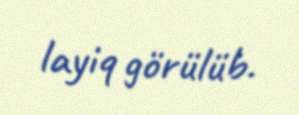
layiq görülüb.